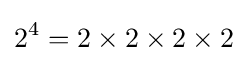
2^{4}=2\times 2\times 2\times 2